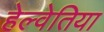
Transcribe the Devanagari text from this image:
हेल्वेतिया